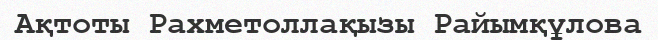
Ақтоты Рахметоллақызы Райымқұлова